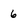
Character: 6